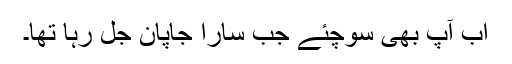
اب آپ بھی سوچئے جب سارا جاپان جل رہا تھا۔